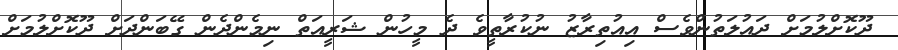
ދޫކޮށްލުމަށް ދައުލަތުންވެސް އިއުތިރާޒު ނުކުރާތީވެ ދެ މީހުން ޝަރީއަތް ނިމެންދެން ގޭބަންދަށް ދޫކޮށްލުމަށް